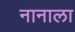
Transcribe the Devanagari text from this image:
नानाला